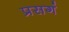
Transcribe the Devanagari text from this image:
प्रसगं